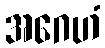
အဂေဟံ